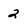
Character: 2